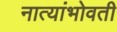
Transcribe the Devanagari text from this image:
नात्यांभोवती